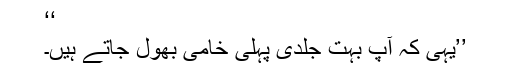
‘‘
’’یہی کہ آپ بہت جلدی پہلی خامی بھول جاتے ہیں۔